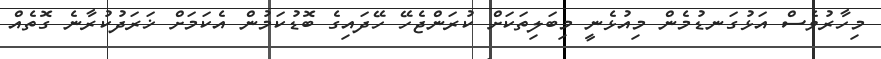
މިހާރުވެސް އަޅުގަނޑުމެން މިއުޅެނީ މިބަލިތަކަށް ކުރަންޖެހޭ ހޭދައިގެ ބޮޑުކަމުން އެކަމަށް ޚަރަދުކުރާނެ ގޮތެއް